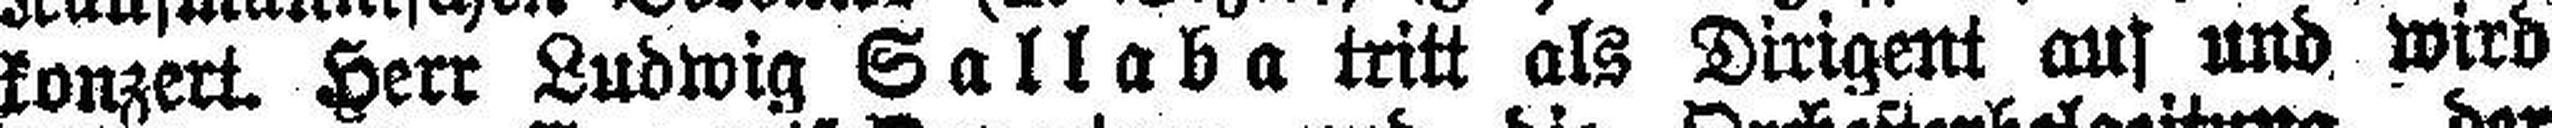
konzert. Herr Ludwig Sallaba tritt als Dirigent aus und wird